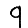
Digit: 9